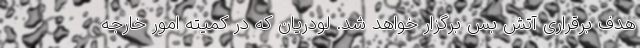
هدف برقراری آتش ‌بس برگزار خواهد شد. لودریان که در کمیته امور خارجه